65_HS1-834228961_62-HQ-83894_Section_7
Agency: FBI
Page 117
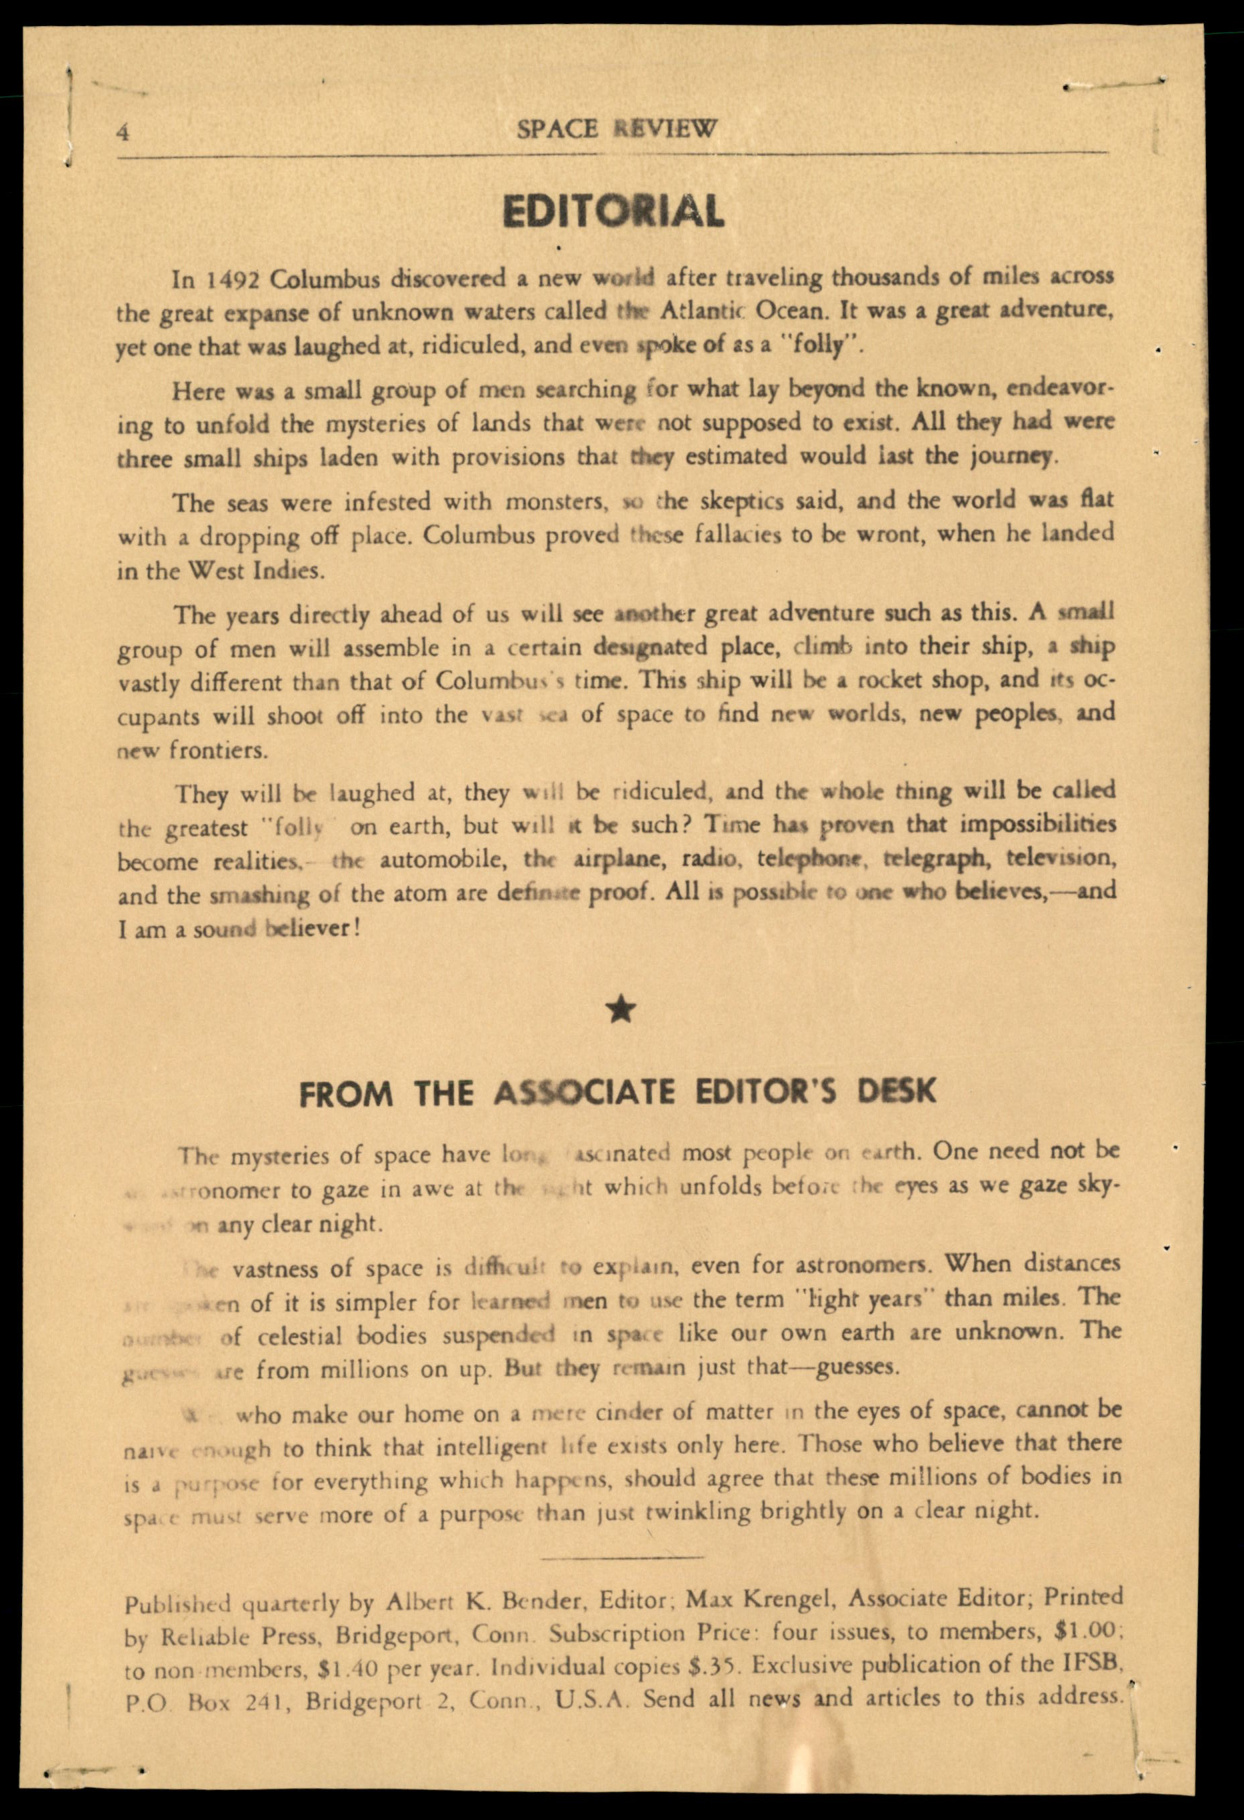